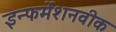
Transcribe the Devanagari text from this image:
इन्फर्मेशनवीक